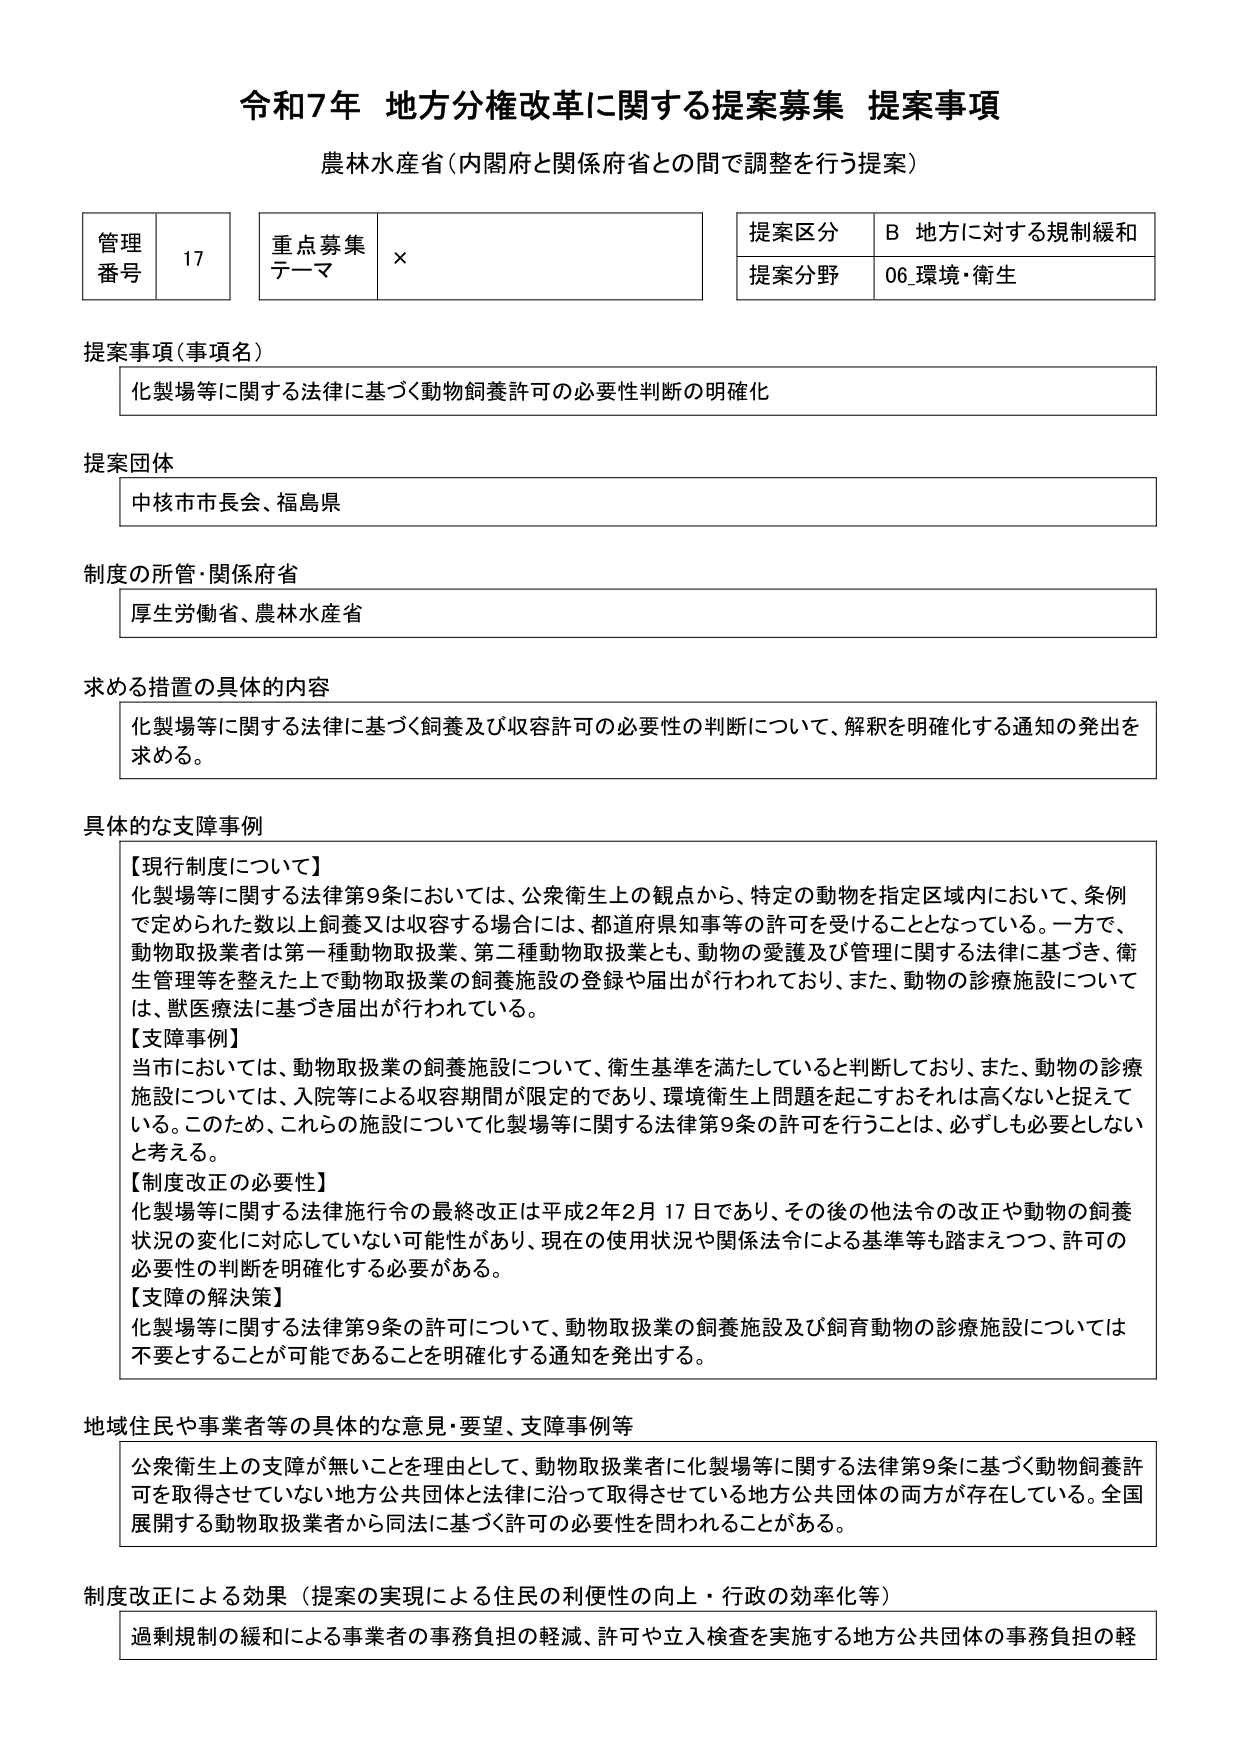
令和7年 地方分権改革に関する提案募集 提案事項
農林水産省（内閣府と関係府省との間で調整を行う提案）

管理番号 17
重点募集テーマ ×
提案区分 B 地方に対する規制緩和
提案分野 06 環境・衛生

提案事項（事項名）
化製場等に関する法律に基づく動物飼養許可の必要性判断の明確化

提案団体
中核市市長会、福島県

制度の所管・関係府省
厚生労働省、農林水産省

求める措置の具体的内容
化製場等に関する法律に基づく飼養及び収容許可の必要性の判断について、解釈を明確化する通知の発出を求める。

具体的な支障事例
【現行制度について】
化製場等に関する法律第9条においては、公衆衛生上の観点から、特定の動物を指定区域内において、条例で定められた数以上飼養又は収容する場合に、都道府県知事等の許可を受けることとなっている。一方で、動物取扱業者は第一種動物取扱業、第二種動物取扱業とも、動物の愛護及び管理に関する法律に基づき、衛生管理等を整えた上で動物取扱業の飼養施設の登録や届出が行われており、また、動物の診療施設については、獣医療法に基づき届出が行われている。
【支障事例】
当市においては、動物取扱業の飼養施設について、衛生基準を満たしていると判断しており、また、動物の診療施設については、入院等による収容期間が限定的であり、環境衛生上問題を起こすおそれは高くないと捉えている。このため、これらの施設について化製場等に関する法律第9条の許可を行うことは、必ずしも必要としないと考える。
【制度改正の必要性】
化製場等に関する法律施行令の最終改正は平成2年2月17日であり、その後の他法令の改正や動物の飼養状況の変化に対応していない可能性があり、現在の使用状況や関係法令による基準等も踏まえつつ、許可の必要性の判断を明確化する必要がある。
【支障の解決策】
化製場等に関する法律第9条の許可について、動物取扱業の飼養施設及び飼育動物の診療施設については不要とすることが可能であることを明確化する通知を発出する。

地域住民や事業者等の具体的な意見・要望、支障事例等
公衆衛生上の支障が無いことを理由として、動物取扱業者に化製場等に関する法律第9条に基づく動物飼養許可を取得させていない地方公共団体と法律に沿って取得させている地方公共団体の両方が存在している。全国展開する動物取扱業者から同法に基づく許可の必要性を問われることがある。

制度改正による効果（提案の実現による住民の利便性の向上・行政の効率化等）
過剰規制の緩和による事業者の事務負担の軽減、許可や立入検査を実施する地方公共団体の事務負担の軽